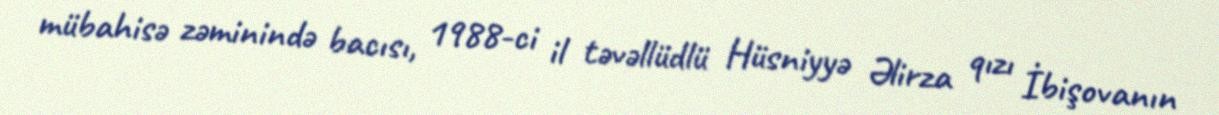
mübahisə zəminində bacısı, 1988-ci il təvəllüdlü Hüsniyyə Əlirza qızı İbişovanın